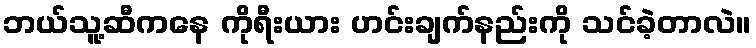
ဘယ်သူ့ဆီကနေ ကိုရီးယား ဟင်းချက်နည်းကို သင်ခဲ့တာလဲ။